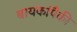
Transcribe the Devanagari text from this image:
बायकांपैकी